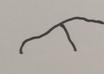
Signature authenticity: forged